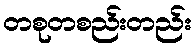
တစုတစည်းတည်း